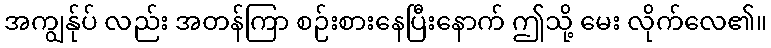
အကျွန်ုပ် လည်း အတန်ကြာ စဉ်းစားနေပြီးနောက် ဤသို့ မေး လိုက်လေ၏။